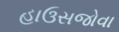
હાઉસજોવા